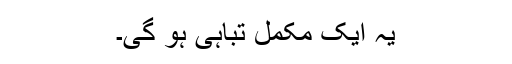
یہ ایک مکمل تباہی ہو گی۔